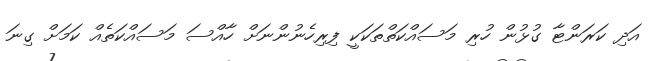
އަދި ކަރަންޓާ ގުޅުން ހުރި މަސައްކަތްތަކަކީ ފިރިހެނުންނަށް ހާއްސަ މަސައްކަތެއް ކަމަށް ގިނަ